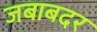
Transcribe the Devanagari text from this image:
जबाबदर